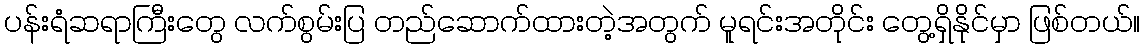
ပန်းရံဆရာကြီးတွေ လက်စွမ်းပြ တည်ဆောက်ထားတဲ့အတွက် မူရင်းအတိုင်း တွေ့ရှိနိုင်မှာ ဖြစ်တယ်။